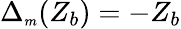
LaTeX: \Delta_{{\scriptscriptstyle m}}(Z_{b})=-Z_{b}